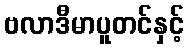
ဗလာဒီမာပူတင်နှင့်